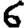
Digit: 6